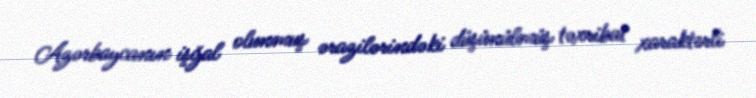
Azərbaycanın işğal olunmuş ərazilərindəki düşünülmüş təxribat xarakterli